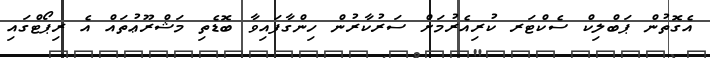
އެގޮތުން ޕަބްލިކް ސެކްޓަރ ކުރިއެރުމަށް ސަރުކާރުން ހިންގާފައިވާ ބޮޑެތި މަޝްރޫޢުތައް އެ ރިޕޯޓްގައި